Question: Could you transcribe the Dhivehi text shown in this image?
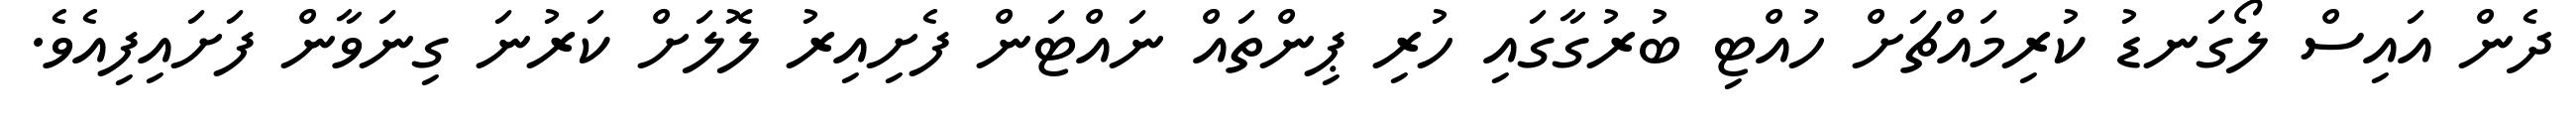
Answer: ދެން އައިސް ލޯގަނޑު ކުރިމައްޗަށް ހުއްޓި ބުރުގާގައި ހުރި ޕިންތައް ނައްޓަން ފެށިއިރު ލޮލަށް ކަރުނަ ގިނަވާން ފަށައިފިއެވެ.